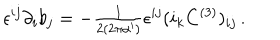
\epsilon ^ { i j } \partial _ { i } b _ { j } = - { \textstyle \frac { 1 } { 2 ( 2 \pi \alpha ^ { \prime } ) } } \epsilon ^ { i j } ( i _ { k } C ^ { ( 3 ) } ) _ { i j } \, .